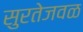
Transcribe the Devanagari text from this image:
सुरतेजवळ